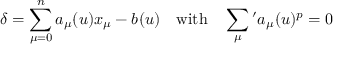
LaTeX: \delta = \sum _ { \mu = 0 } ^ { n } a _ { \mu } ( u ) x _ { \mu } - b ( u ) \quad \mathrm { w i t h } \quad \sum _ { \mu } { } ^ { \prime } a _ { \mu } ( u ) ^ { p } = 0